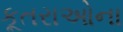
કૂતરાઓના